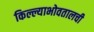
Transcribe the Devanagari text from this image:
किल्ल्याभोवतालची